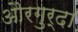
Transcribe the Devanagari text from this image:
औरगुर्दा